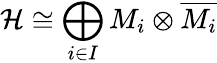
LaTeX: {\mathcal{H}}\cong\bigoplus_{i\in I}M_{i}\otimes{\overline{{M_{i}}}}